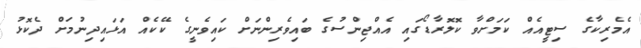
އެމެރިކާގެ ސިޓީއެއް ކަމަށްވާ ކޮލޮރާޑޯގައި އެއްޖިންސުގެ ބައިވެރިންނަށް ކައިވެނީގެ ކޭކެއް އަޅައިދިނުމަށް ދެކޮޅު